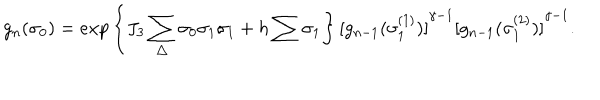
g _ { n } ( { \sigma } _ { 0 } ) = e x p \left\{ J _ { 3 } \sum _ { \triangle } { \sigma } _ { 0 } { \sigma } _ { 1 } { \sigma } _ { 1 } + h \sum { \sigma } _ { 1 } \right\} { [ g _ { n - 1 } ( { \sigma } _ { 1 } ^ { ( 1 ) } ) ] } ^ { \gamma - 1 } { [ g _ { n - 1 } ( { \sigma } _ { 1 } ^ { ( 2 ) } ) ] } ^ { \gamma - 1 } .